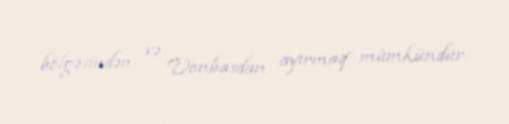
bölgəsindən və Donbasdan ayırmaq mümkündür.